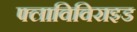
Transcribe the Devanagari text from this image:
फ्लाविविराइड